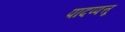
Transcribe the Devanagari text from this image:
पादप्पत्तू